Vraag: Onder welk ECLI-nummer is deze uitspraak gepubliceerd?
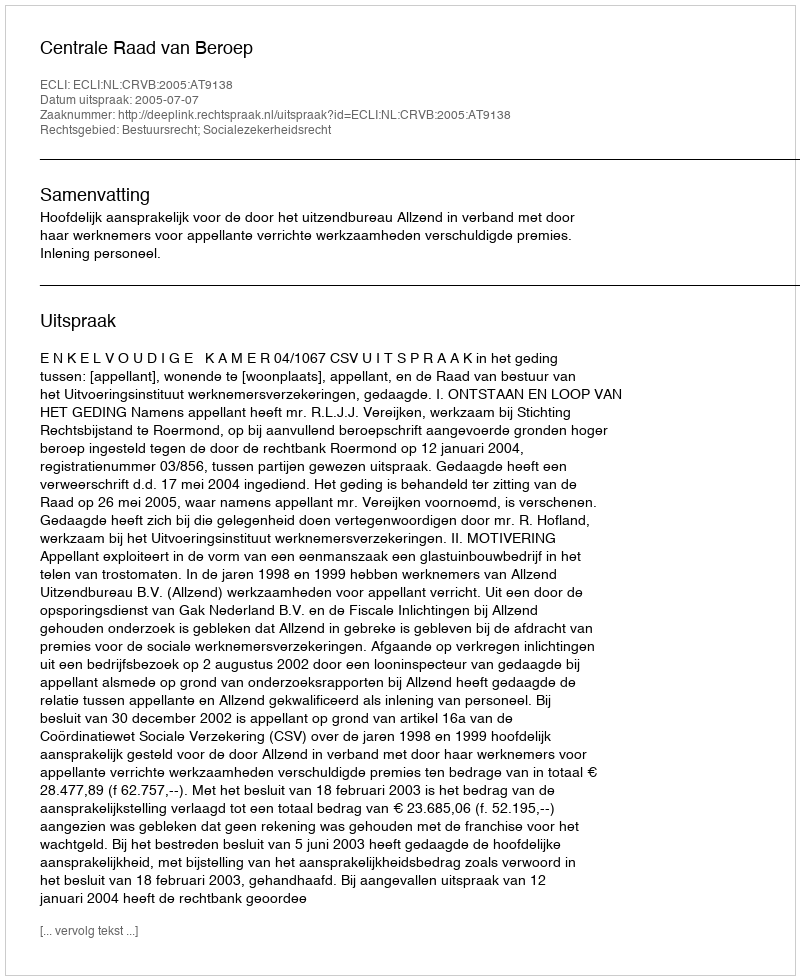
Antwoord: ECLI:NL:CRVB:2005:AT9138